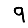
Digit: 9